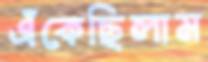
এঁকেছিলাম